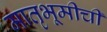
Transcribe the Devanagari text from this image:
मातृभूमीची